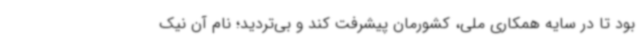
بود تا در سایه همکاری ملی، کشورمان پیشرفت کند و بی‌تردید؛ نام آن نیک